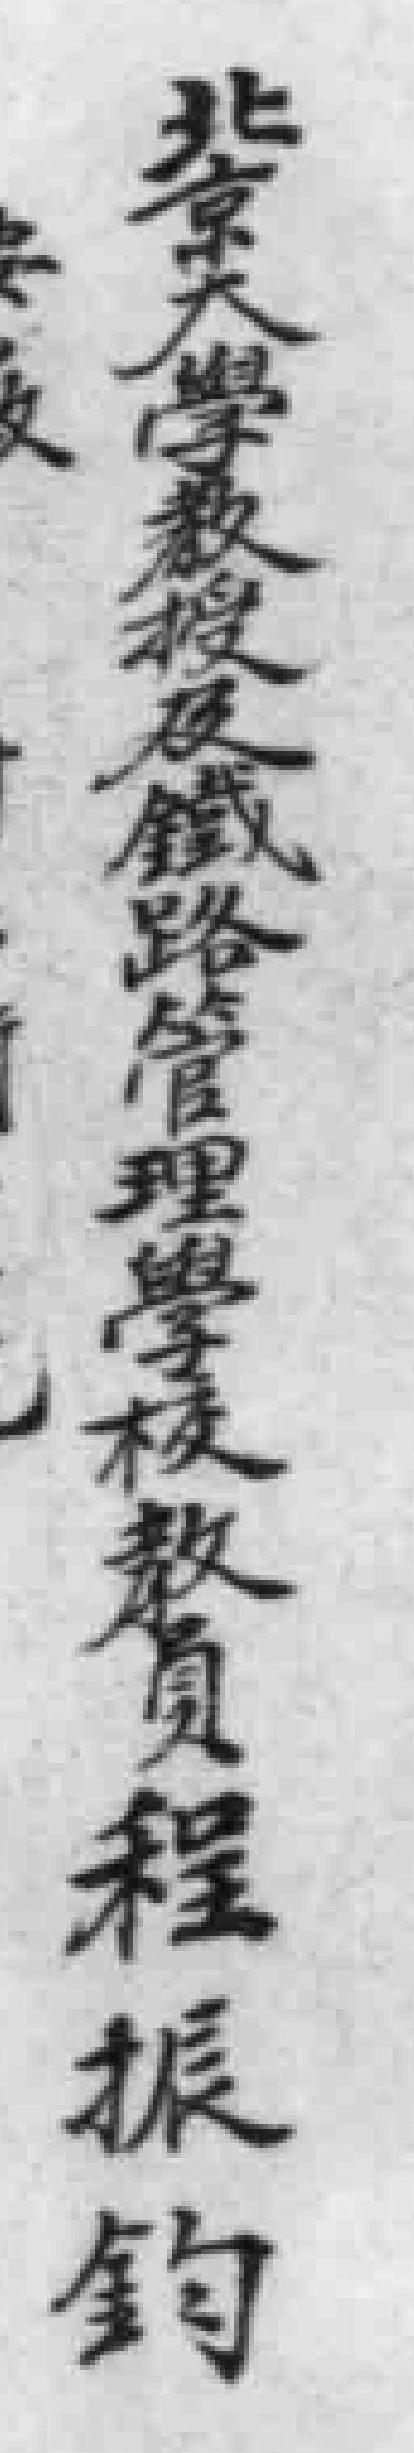
北京大學教授及鐵路管理學校教員程振鈞